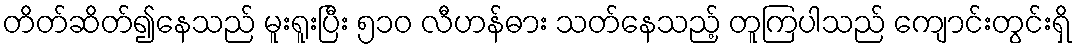
တိတ်ဆိတ်၍နေသည် မူးရူးပြီး ၅၁၀ လီဟန်ဓား သတ်နေသည့် တူကြပါသည် ကျောင်းတွင်းရှိ